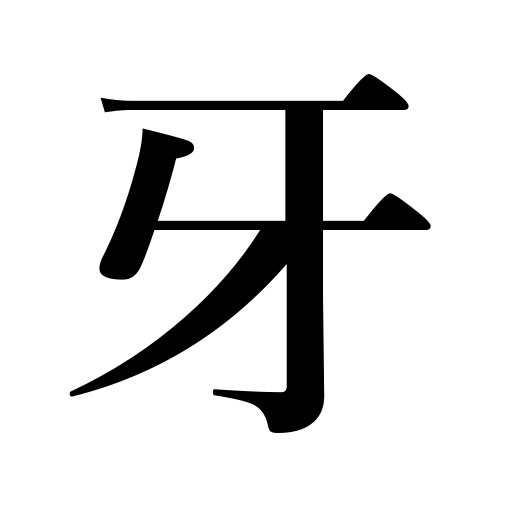
Meanings: canine tooth,tusk,fang,eyetooth